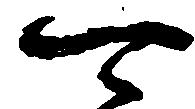
可